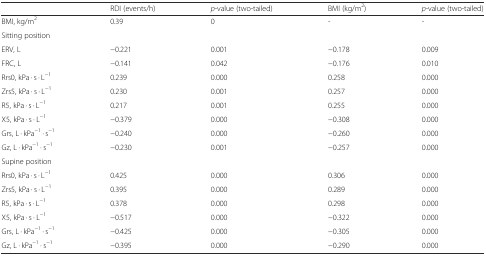
<table><thead><tr><td></td><td><b>RDI (events/h)</b></td><td><b><i>p</i>-value (two-tailed)</b></td><td><b>BMI (kg/m<sup>2</sup>)</b></td><td><b><i>p</i>-value (two-tailed)</b></td></tr></thead><tbody><tr><td>BMI, kg/m<sup>2</sup></td><td>0.39</td><td>0</td><td>-</td><td>-</td></tr><tr><td colspan="5">Sitting position</td></tr><tr><td>ERV, L</td><td>−0.221</td><td>0.001</td><td>−0.178</td><td>0.009</td></tr><tr><td>FRC, L</td><td>−0.141</td><td>0.042</td><td>−0.176</td><td>0.010</td></tr><tr><td>Rrs0, kPa · s · L<sup>−1</sup></td><td>0.239</td><td>0.000</td><td>0.258</td><td>0.000</td></tr><tr><td>Zrs5, kPa · s · L<sup>−1</sup></td><td>0.230</td><td>0.001</td><td>0.257</td><td>0.000</td></tr><tr><td>R5, kPa · s · L<sup>−1</sup></td><td>0.217</td><td>0.001</td><td>0.255</td><td>0.000</td></tr><tr><td>X5, kPa · s · L<sup>−1</sup></td><td>−0.379</td><td>0.000</td><td>−0.308</td><td>0.000</td></tr><tr><td>Grs, L · kPa<sup>−1</sup> · s<sup>−1</sup></td><td>−0.240</td><td>0.000</td><td>−0.260</td><td>0.000</td></tr><tr><td>Gz, L · kPa<sup>−1</sup> · s<sup>−1</sup></td><td>−0.230</td><td>0.001</td><td>−0.257</td><td>0.000</td></tr><tr><td colspan="5">Supine position</td></tr><tr><td>Rrs0, kPa · s · L<sup>−1</sup></td><td>0.425</td><td>0.000</td><td>0.306</td><td>0.000</td></tr><tr><td>Zrs5, kPa · s · L<sup>−1</sup></td><td>0.395</td><td>0.000</td><td>0.289</td><td>0.000</td></tr><tr><td>R5, kPa · s · L<sup>−1</sup></td><td>0.378</td><td>0.000</td><td>0.298</td><td>0.000</td></tr><tr><td>X5, kPa · s · L<sup>−1</sup></td><td>−0.517</td><td>0.000</td><td>−0.322</td><td>0.000</td></tr><tr><td>Grs, L · kPa<sup>−1</sup> · s<sup>−1</sup></td><td>−0.425</td><td>0.000</td><td>−0.305</td><td>0.000</td></tr><tr><td>Gz, L · kPa<sup>−1</sup> · s<sup>−1</sup></td><td>−0.395</td><td>0.000</td><td>−0.290</td><td>0.000</td></tr></tbody></table>